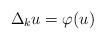
LaTeX: \begin{align*}\Delta_ku=\varphi(u)\end{align*}